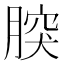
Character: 𦝬